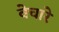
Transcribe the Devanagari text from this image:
वेचारे